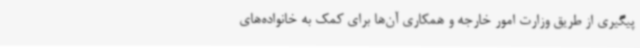
پیگیری از طریق وزارت امور خارجه و همکاری آن‌ها برای کمک به خانواده‌های